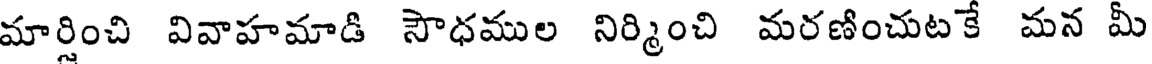
మార్షించి వివాహమాడి సౌధముల నిర్మించి మరణించుటకే మన మీ